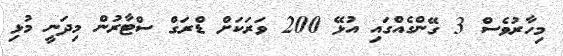
މިހާރުވެސް 3 ގޭންގެއްގައި އުޅޭ 200 ވަރަކަށް ޑްރަގް ސްޓާރުން މިދަނީ މުޅި